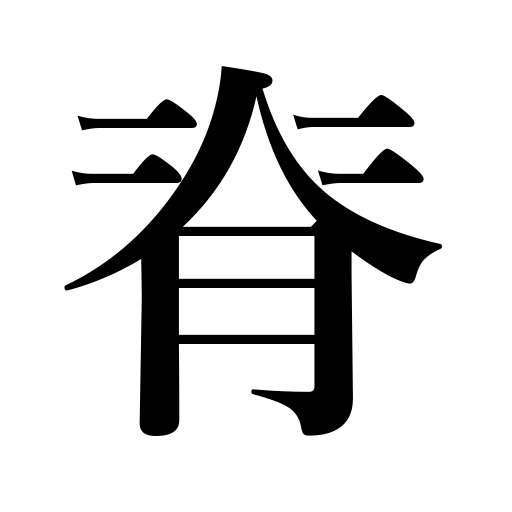
Meanings: stature,height